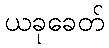
ယခုခေတ်